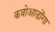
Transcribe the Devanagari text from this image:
कवोआडोंगा